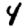
Digit: 4